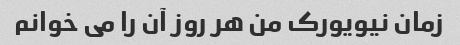
زمان نیویورک من هر روز آن را می خوانم